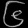
Digit: ၆